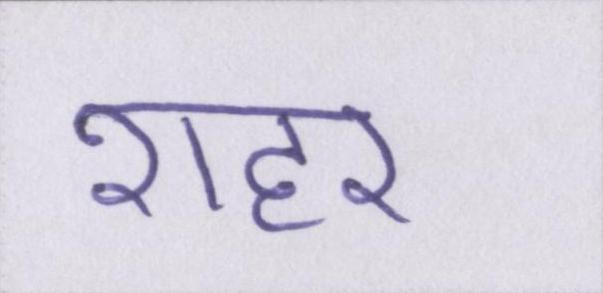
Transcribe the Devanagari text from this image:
शहर